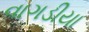
વાગડીયા